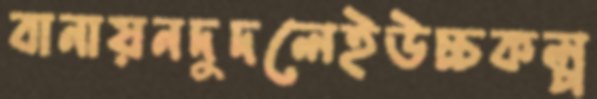
বানায়নদুদলেইউচ্চকল্প